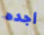
أجده